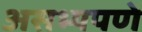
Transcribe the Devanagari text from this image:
असभ्यपणे